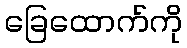
ခြေထောက်ကို